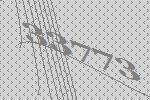
33773